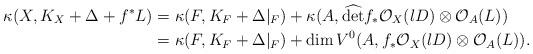
LaTeX: \begin{align*}\kappa(X, K_X+\Delta+f^*L)&=\kappa(F, K_F+\Delta|_F)+\kappa(A, \widehat{\det} f_*\mathcal{O}_X(lD)\otimes\mathcal{O}_A(L))\\&=\kappa(F, K_F+\Delta|_F)+\dim V^0(A, f_*\mathcal{O}_X(lD)\otimes\mathcal{O}_A(L)).\end{align*}